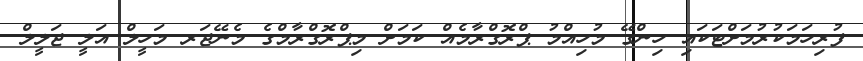
ފުރިހަމަކުރުމަށްޓަކައި ހިންގޭ މުހިއްމު ޕްރޮގްރާމެއް ކަމަށް މިޕްރޮގްރާމްގެ މެނޭޖަރ މަހީލް އަލީ ޖަލީލް